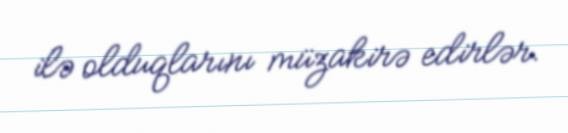
ilə olduqlarını müzakirə edirlər.